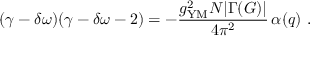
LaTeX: ( \gamma - \delta \omega ) ( \gamma - \delta \omega - 2 ) = - { \frac { g _ { \mathrm { Y M } } ^ { 2 } N | \Gamma ( G ) | } { 4 \pi ^ { 2 } } } \, \alpha ( q ) \ .